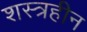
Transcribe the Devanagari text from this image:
शस्त्रहीन